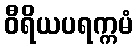
ဝီရိယပရက္ကမံ